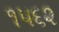
૧૫૬૨